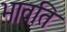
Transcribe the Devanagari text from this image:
भावति